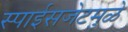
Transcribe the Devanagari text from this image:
स्पाईसजेटमुळे